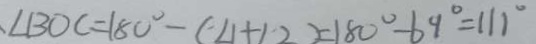
. \angle B O C = 1 8 0 ^ { \circ } - ( \angle 1 + \angle 2 ) = 1 8 0 ^ { \circ } - 6 9 ^ { \circ } = 1 1 1 ^ { \circ }